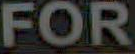
FOR